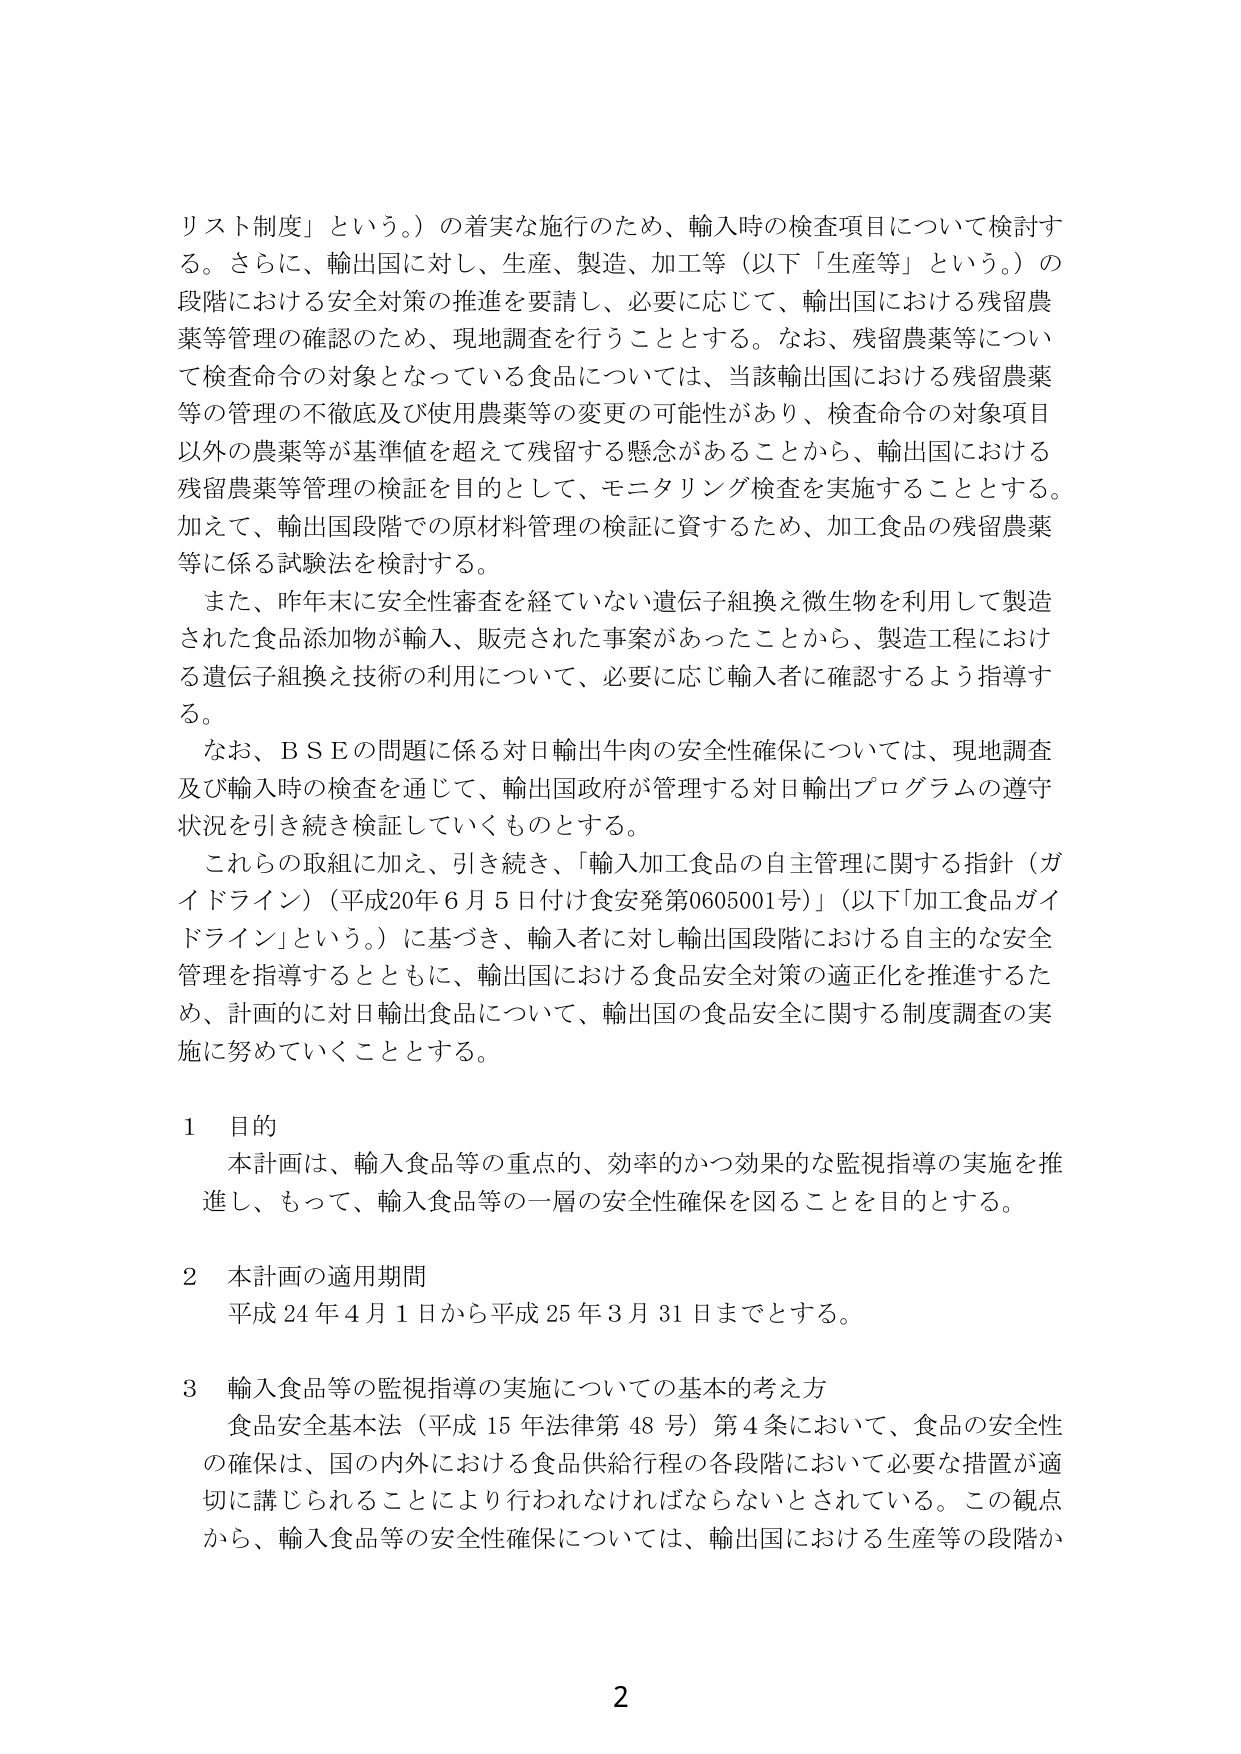
リスト制度」という。）の着実な施行のため、輸入時の検査項目について検討する。さらに、輸出国に対し、生産、製造、加工等（以下「生産等」という。）の段階における安全対策の推進を要請し、必要に応じて、輸出国における残留農薬等管理の確認のため、現地調査を行うこととする。なお、残留農薬等について検査命令の対象となっている食品については、当該輸出国における残留農薬等の管理の不徹底及び使用農薬等の変更の可能性があり、検査命令の対象項目以外の農薬等が基準値を超えて残留する懸念があることから、輸出国における残留農薬等管理の検証を目的として、モニタリング検査を実施することとする。加えて、輸出国段階での原材料管理の検証に資するため、加工食品の残留農薬等に係る試験法を検討する。

また、昨年末に安全性審査を経ていない遺伝子組換え微生物を利用して製造された食品添加物が輸入、販売された事案があったことから、製造工程における遺伝子組換え技術の利用について、必要に応じ輸入者に確認するよう指導する。

なお、ＢＳＥの問題に係る対日輸出牛肉の安全性確保については、現地調査及び輸入時の検査を通じて、輸出国政府が管理する対日輸出プログラムの遵守状況を引き続き検証していくものとする。

これらの取組に加え、引き続き、「輸入加工食品の自主管理に関する指針（ガイドライン）（平成20年６月５日付け食安発第0605001号）」（以下「加工食品ガイドライン」という。）に基づき、輸入者に対し輸出国段階における自主的な安全管理を指導するとともに、輸出国における食品安全対策の適正化を推進するため、計画的に対日輸出食品について、輸出国の食品安全に関する制度調査の実施に努めていくこととする。

１ 目的
本計画は、輸入食品等の重点的、効率的かつ効果的な監視指導の実施を推進し、もって、輸入食品等の一層の安全性確保を図ることを目的とする。

２ 本計画の適用期間
平成24年４月１日から平成25年３月31日までとする。

３ 輸入食品等の監視指導の実施についての基本的考え方
食品安全基本法（平成15年法律第48号）第4条において、食品の安全性の確保は、国の内外における食品供給行程の各段階において必要な措置が適切に講じられることにより行われなければならないとされている。この観点から、輸入食品等の安全性確保については、輸出国における生産等の段階か

2